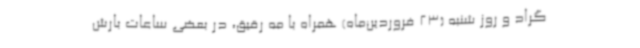
گراد و روز شنبه (23 فروردین‌ماه) همراه با مه رقیق، در بعضی ساعات بارش